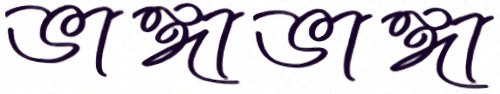
ভাঙ্গাভাঙ্গা